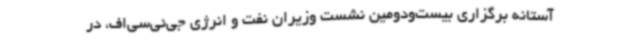
آستانه برگزاری بیست‌ودومین نشست وزیران نفت و انرژی جی‌ئی‌سی‌اف، در